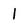
Character: 1